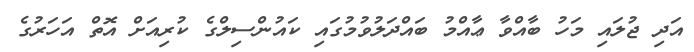
އަދި ޖުލައި މަހު ބާއްވާ ޢާއްމު ބައްދަލުވުމުގައި ކައުންސިލްގެ ކުރިއަށް އޮތް އަހަރުގެ